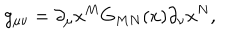
g _ { \mu \nu } = \partial _ { \mu } x ^ { M } G _ { M N } ( x ) \partial _ { \nu } x ^ { N } ,